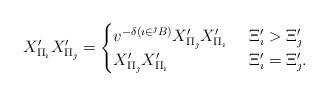
LaTeX: \begin{align*}X'_{\Pi_{\imath}}X'_{\Pi_{\jmath}}&=\begin{cases}v^{-\delta(\imath\in {{}^{\jmath}B})}X'_{\Pi_{\jmath}}X'_{\Pi_{\imath}}&\ \Xi'_{\imath}> \Xi'_{\jmath}\\X'_{\Pi_{\jmath}}X'_{\Pi_{\imath}}&\ \Xi'_{\imath}=\Xi'_{\jmath}. \end{cases}\end{align*}